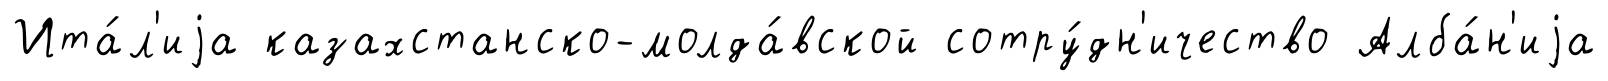
Ита́л'иjа казахстанско-молда́вской сотру́дн'ичество Алба́н'иjа